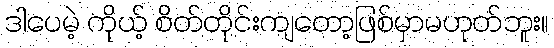
ဒါပေမဲ့ ကိုယ့် စိတ်တိုင်းကျတော့ဖြစ်မှာမဟုတ်ဘူး။